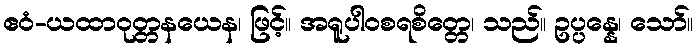
ဧဝံ-ယထာဝုတ္တနယေန၊ ဖြင့်။ အရူပါဝစရစိတ္တေ၊ သည်။ ဥပ္ပန္နေ၊ သော်။